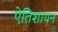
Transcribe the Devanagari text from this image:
एेतिशायन